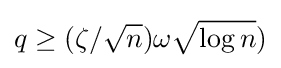
q\geq (\zeta /{\sqrt {n}})\omega {\sqrt {\log n}})